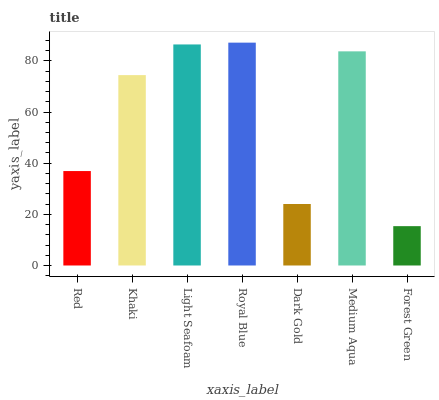
| xaxis_label | bars |
 | --- | --- |
 | Red | 36.9 |
 | Khaki | 74.4 |
 | Light Seafoam | 86.4 |
 | Royal Blue | 87.1 |
 | Dark Gold | 24 |
 | Medium Aqua | 83.7 |
 | Forest Green | 15.4 |